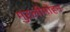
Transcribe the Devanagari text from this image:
मुरलीमोहन